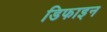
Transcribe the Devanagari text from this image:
डिफाइन